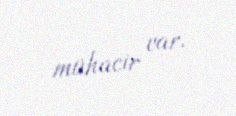
mühacir var.